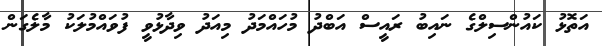
އަތޮޅު ކައުންސިލްގެ ނައިބު ރައީސް އަބްދު މުހައްމަދު މިއަދު ވިދާޅުވީ ފުވައްމުލަކު މާލެގަން